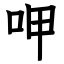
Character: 呷